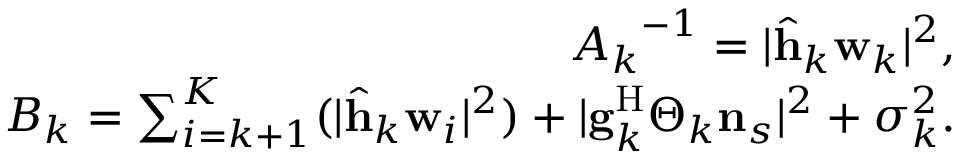
\begin{array} { r l r } & { } & { { A _ { k } } ^ { - 1 } = \vert \widehat { \mathbf { h } } _ { k } \mathbf { w } _ { k } \vert ^ { 2 } , } \\ & { } & { B _ { k } = \sum _ { i = k + 1 } ^ { K } ( \vert \widehat { \mathbf { h } } _ { k } \mathbf { w } _ { i } \vert ^ { 2 } ) + \vert \mathbf { g } _ { k } ^ { \mathrm { H } } \boldsymbol { \Theta } _ { k } \mathbf { n } _ { s } \vert ^ { 2 } + \sigma _ { k } ^ { 2 } . } \end{array}